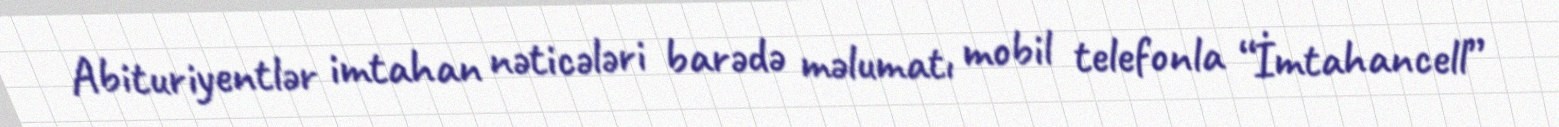
Abituriyentlər imtahan nəticələri barədə məlumatı mobil telefonla “İmtahancell”